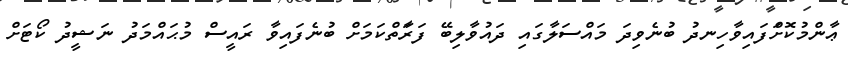
ޢާންމުކޮށްަފައިވާހިނދު ބުނެވިދަ މައްސަލާގައި ދައުވާލިބޭ ފަރާަތްކަމަށް ބުނެފައިވާ ރައީސް މުޙައްމަދު ނަޝީދު ކޯޓަށް